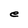
Character: e